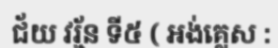
ជ័យ វរ្ម័ន ទី៥ ( អង់គ្លេស :